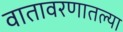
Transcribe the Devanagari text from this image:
वातावरणातल्या